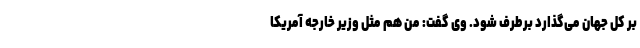
بر کل جهان می‌گذارد برطرف شود. وی گفت: من هم مثل وزیر خارجه آمریکا